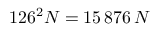
1 2 6 ^ { 2 } N = 1 5 \, 8 7 6 \, N